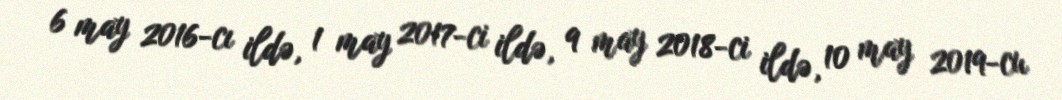
6 may 2016-cı ildə, 1 may 2017-ci ildə, 9 may 2018-ci ildə, 10 may 2019-cu